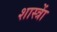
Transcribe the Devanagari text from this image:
शास्त्राें